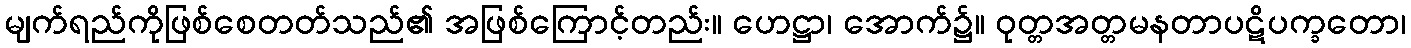
မျက်ရည်ကိုဖြစ်စေတတ်သည်၏ အဖြစ်ကြောင့်တည်း။ ဟေဋ္ဌာ၊ အောက်၌။ ဝုတ္တအတ္တမနတာပဋိပက္ခတော၊